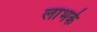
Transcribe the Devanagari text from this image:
लाभके